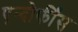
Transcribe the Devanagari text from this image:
एन्दोर्फींस